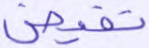
تفيض